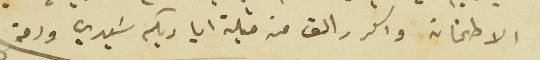
الاطمنان واكرر الف قبلة اياديكم سَيدي ودمتم